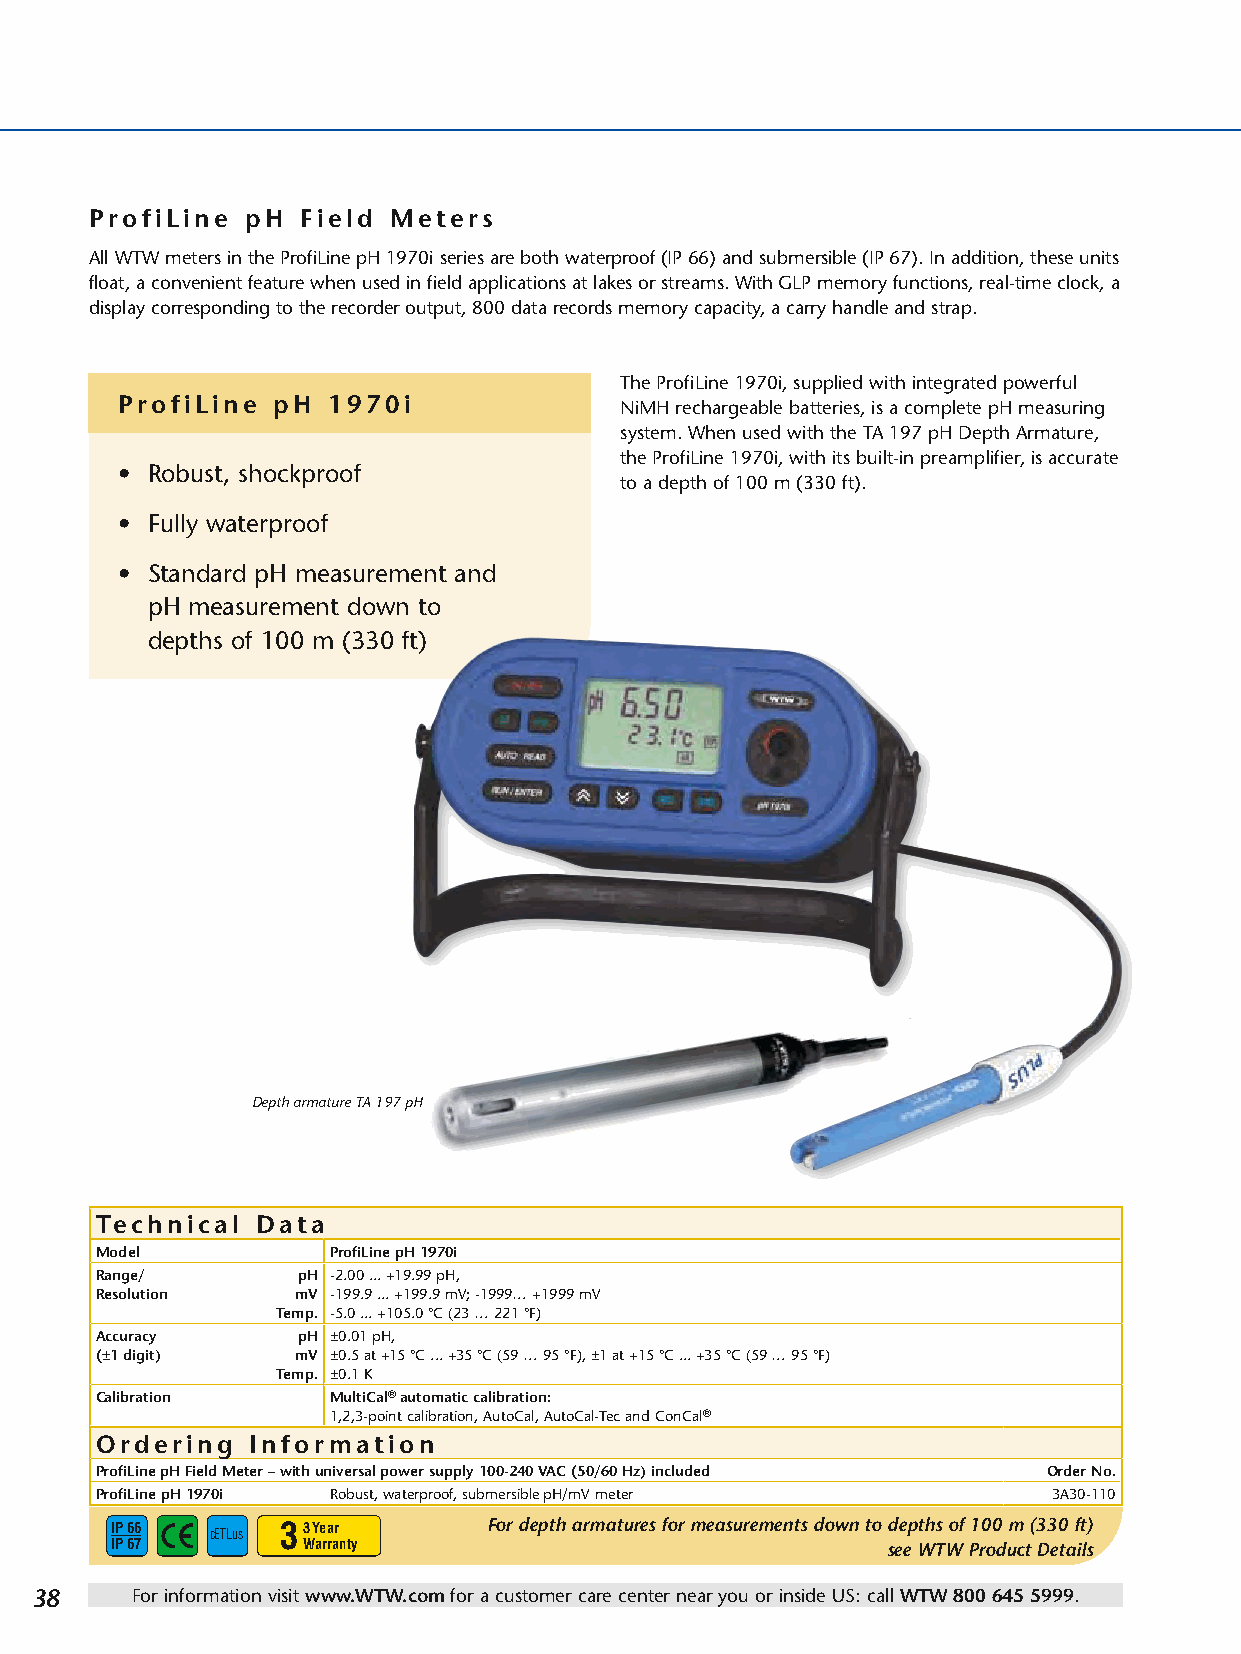
ProfiLine pH  Field Meters
 All WTW meters in the ProfiLine pH 1970i series are both waterproof (IP 66) and submersible (IP 67). In addition, these units
 float, a convenient feature when used in field applications at lakes or streams. With GLP memory functions, real-time clock, a
 display corresponding to the recorder output, 800 data records memory capacity, a carry handle and strap.
 The ProfiLine 1970i, supplied with integrated powerful
 ProfiLine pH  1970i              NiMH rechargeable batteries, is a complete pH measuring
 system. When used with the TA 197 pH Depth Armature,
 the ProfiLine 1970i, with its built-in preamplifier, is accurate
 • Robust, shockproof
 to a depth of 100 m (330 ft).
 • Fully waterproof
 • Standard pH measurement and
 pH measurement down to
 depths of 100 m (330 ft)
 Depth armature TA 197 pH
 Technical  Data
 Model           ProfiLine pH 1970i
 Range/        pH -2.00 ... +19.99 pH,
 Resolution    mV -199.9 ... +199.9 mV; -1999… +1999 mV
 Temp. -5.0 ... +105.0 °C (23 … 221 °F)
 Accuracy      pH ±0.01 pH,
 (±1 digit)    mV ±0.5 at +15 °C ... +35 °C (59 … 95 °F), ±1 at +15 °C ... +35 °C (59 … 95 °F)
 Temp. ±0.1 K
 Calibration     MultiCal® automatic calibration:
 1,2,3-point calibration, AutoCal, AutoCal-Tec and ConCal®
 Ordering   Information
 ProfiLine pH Field Meter – with universal power supply 100-240 VAC (50/60 Hz) included Order No.
 ProfiLine pH 1970i Robust, waterproof, submersible pH/mV meter  3A30-110
 IP 66  cETLus 3 3 Year   For depth armatures for measurements down to depths of 100 m (330 ft)
 IP 67        Warranty                               see WTW Product Details
 38     For information visit www.WTW.com for a customer care center near you or inside US: call WTW 800 645 5999.